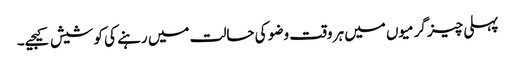
پہلی چیز گرمیوں میں ہر وقت وضو کی حالت میں رہنے کی کوشیش کیجیے۔